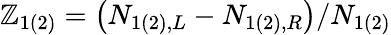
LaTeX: \mathbb{Z}_{1(2)}=\left(N_{1(2),L}-N_{1(2),R}\right)/N_{1(2)}